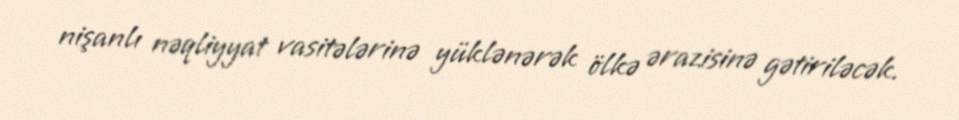
nişanlı nəqliyyat vasitələrinə yüklənərək ölkə ərazisinə gətiriləcək.